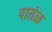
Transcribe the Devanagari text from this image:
पातंळ